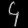
Digit: ၄